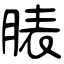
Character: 脿